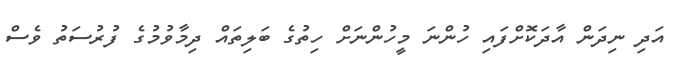
އަދި ނިދަން އާދަކޮށްފައި ހުންނަ މީހުންނަށް ހިތުގެ ބަލިތައް ދިމާވުމުގެ ފުރުސަތު ވެސް